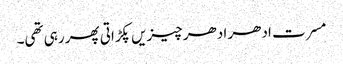
مسرت ادھر ادھر چیزیں پکڑاتی پھر رہی تھی۔